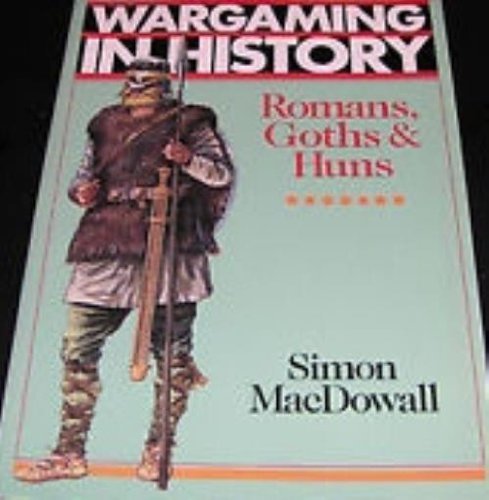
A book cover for Romans, Goths, and Huns (Wargaming in History Series); Simon MacDowall; Science Fiction & Fantasy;